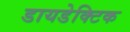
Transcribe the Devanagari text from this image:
डायडेक्टिक